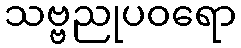
သဗ္ဗညုပဝရော